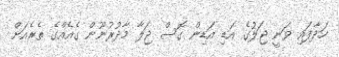
ހަދާފައި ވަނީ ޖަލުގެ އަޑި އަޑިން ގޮސް ޖަލާ މާދުރުނޫން ގެއެއްގެ ތެރެއަށް